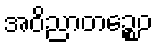
အဝိညာတဉ္စေဝ